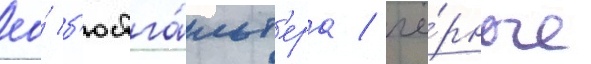
ео́ б'юстга́льт'ера / чё́рные